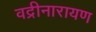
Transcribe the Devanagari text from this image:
वद्रीनारायण